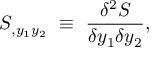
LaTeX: S _ { , y _ { 1 } y _ { 2 } } ~ \equiv ~ { \frac { \delta ^ { 2 } S } { \delta y _ { 1 } \delta y _ { 2 } } } ,